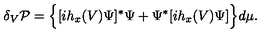
\delta _ { V } { \cal P } = \Big \{ [ i h _ { x } ( V ) \Psi ] ^ { * } \Psi + \Psi ^ { * } [ i h _ { x } ( V ) \Psi ] \Big \} d \mu .